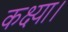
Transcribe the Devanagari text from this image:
कक्ष्या।